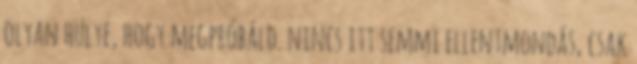
olyan hülye, hogy megpróbáld. nincs itt semmi ellentmondás, csak